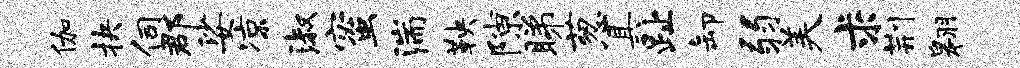
伽抉伺郡娑凉淑蜜湍鞅隙睇葱具趾卸弱美求荆翱